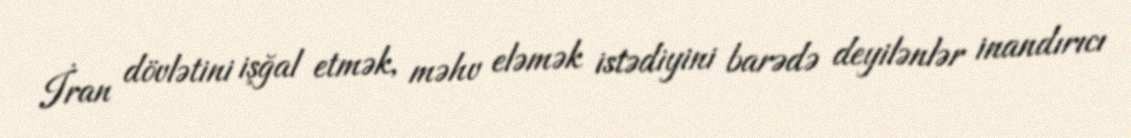
İran dövlətini işğal etmək, məhv eləmək istədiyini barədə deyilənlər inandırıcı